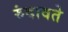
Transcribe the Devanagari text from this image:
रुंदावते